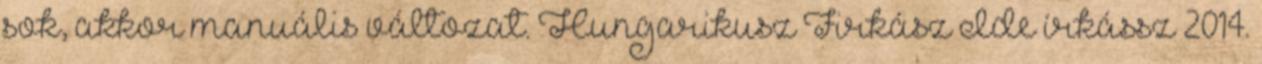
sok, akkor manuális változat. Hungarikusz Firkász Ide írkássz 2014.